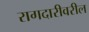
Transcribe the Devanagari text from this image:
रागदारीवरील